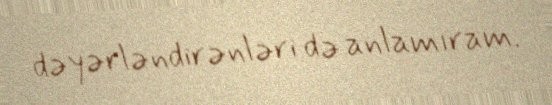
dəyərləndirənləri də anlamıram.